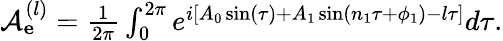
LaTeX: \begin{array}{r}{\mathcal{A}_{\mathbf e}^{(l)}=\frac{1}{2\pi}\int_{0}^{2\pi}e^{i[A_{0}\sin(\tau)+A_{1}\sin(n_{1}\tau+\phi_{1})-l\tau]}d\tau.}\end{array}